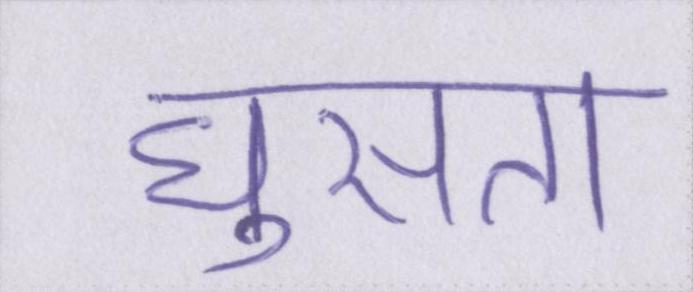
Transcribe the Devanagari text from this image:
घुसता